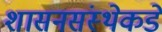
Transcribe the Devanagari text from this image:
शासनसंस्थेकडे